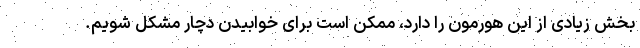
بخش زیادی از این هورمون را دارد، ممکن است برای خوابیدن دچار مشکل شویم.